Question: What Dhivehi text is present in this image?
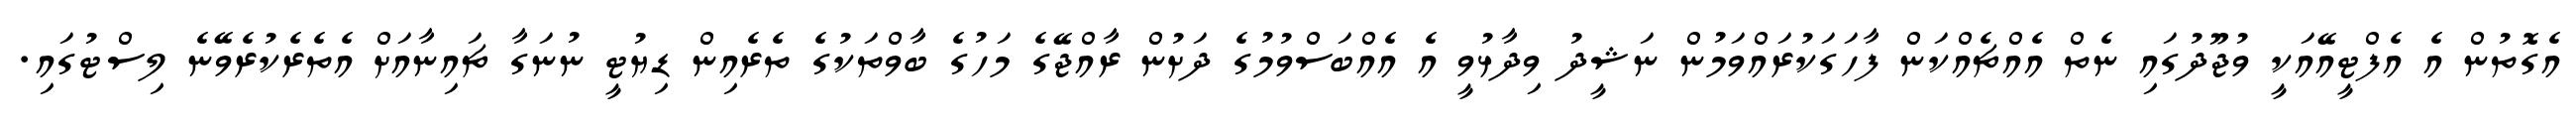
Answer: އެގޮތުން އެ އެފްޓީއޭއަކީ ވުޖޫދުގައި ނެތް އެއްޗެއްކަން ފާހަގަކުރައްވަމުން ނަޝީދު ވިދާޅުވީ އެ އެއްބަސްވުމުގެ ދަށުން ރާއްޖޭގެ މަހުގެ ބާވްތަކުގެ ތެރެއިން ޑިޔުޓީ ނުނަގާ ޗައިނާއަށް އެތެރެކުރެވޭނެ ލިސްޓުގައި.